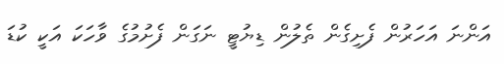
އަންނަ އަހަރުން ފެށިގެން ތެލުން ޑިޔުޓީ ނަގަން ފެށުމުގެ ވާހަކަ އަކީ ކުޑަ